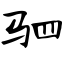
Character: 驷